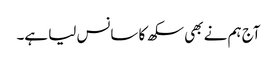
آج ہم نے بھی سکھ کا سانس لیا ہے۔